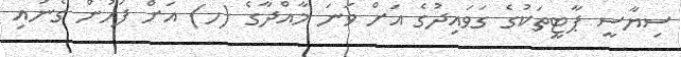
ސިޔާސީ ޕާޓީތަކުގެ ގަވައިދުގެ އަށް ވަނަ މާއްދާގެ (ހ) އަށް ފަހުން ގެނައި